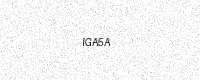
Text: IGA5A